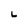
Character: L